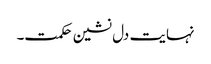
نہایت دل نشین حکمت۔